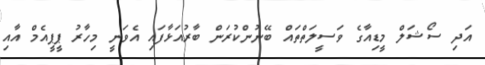
އަދި ސޯޝަލް މީޑިއާގެ ވަސީލަތްތައް ބޭނުންކުރަން ބާރުއަޅާފައި އެވަނީ މިހާރު ޕީޕީއެމް އާއި